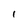
Character: 1